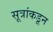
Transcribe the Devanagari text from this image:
सूत्रांकडून